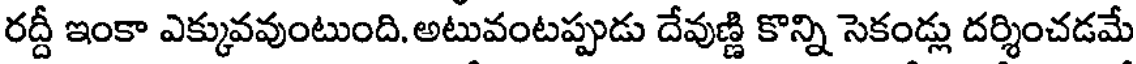
రద్దీ ఇంకా ఎక్కువవుంటుంది. అటువంటప్పుడు దేవుణ్ణి కొన్ని సెకండ్లు దర్శించడమే